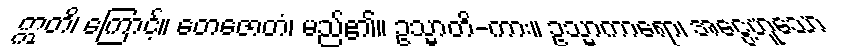
ဣတိ၊ ကြောင့်။ တေဇောတံ၊ မည်၏။ ဥသ္မာတိ-ကား။ ဥသ္မာကာရော၊ အငွေ့ဟူသော